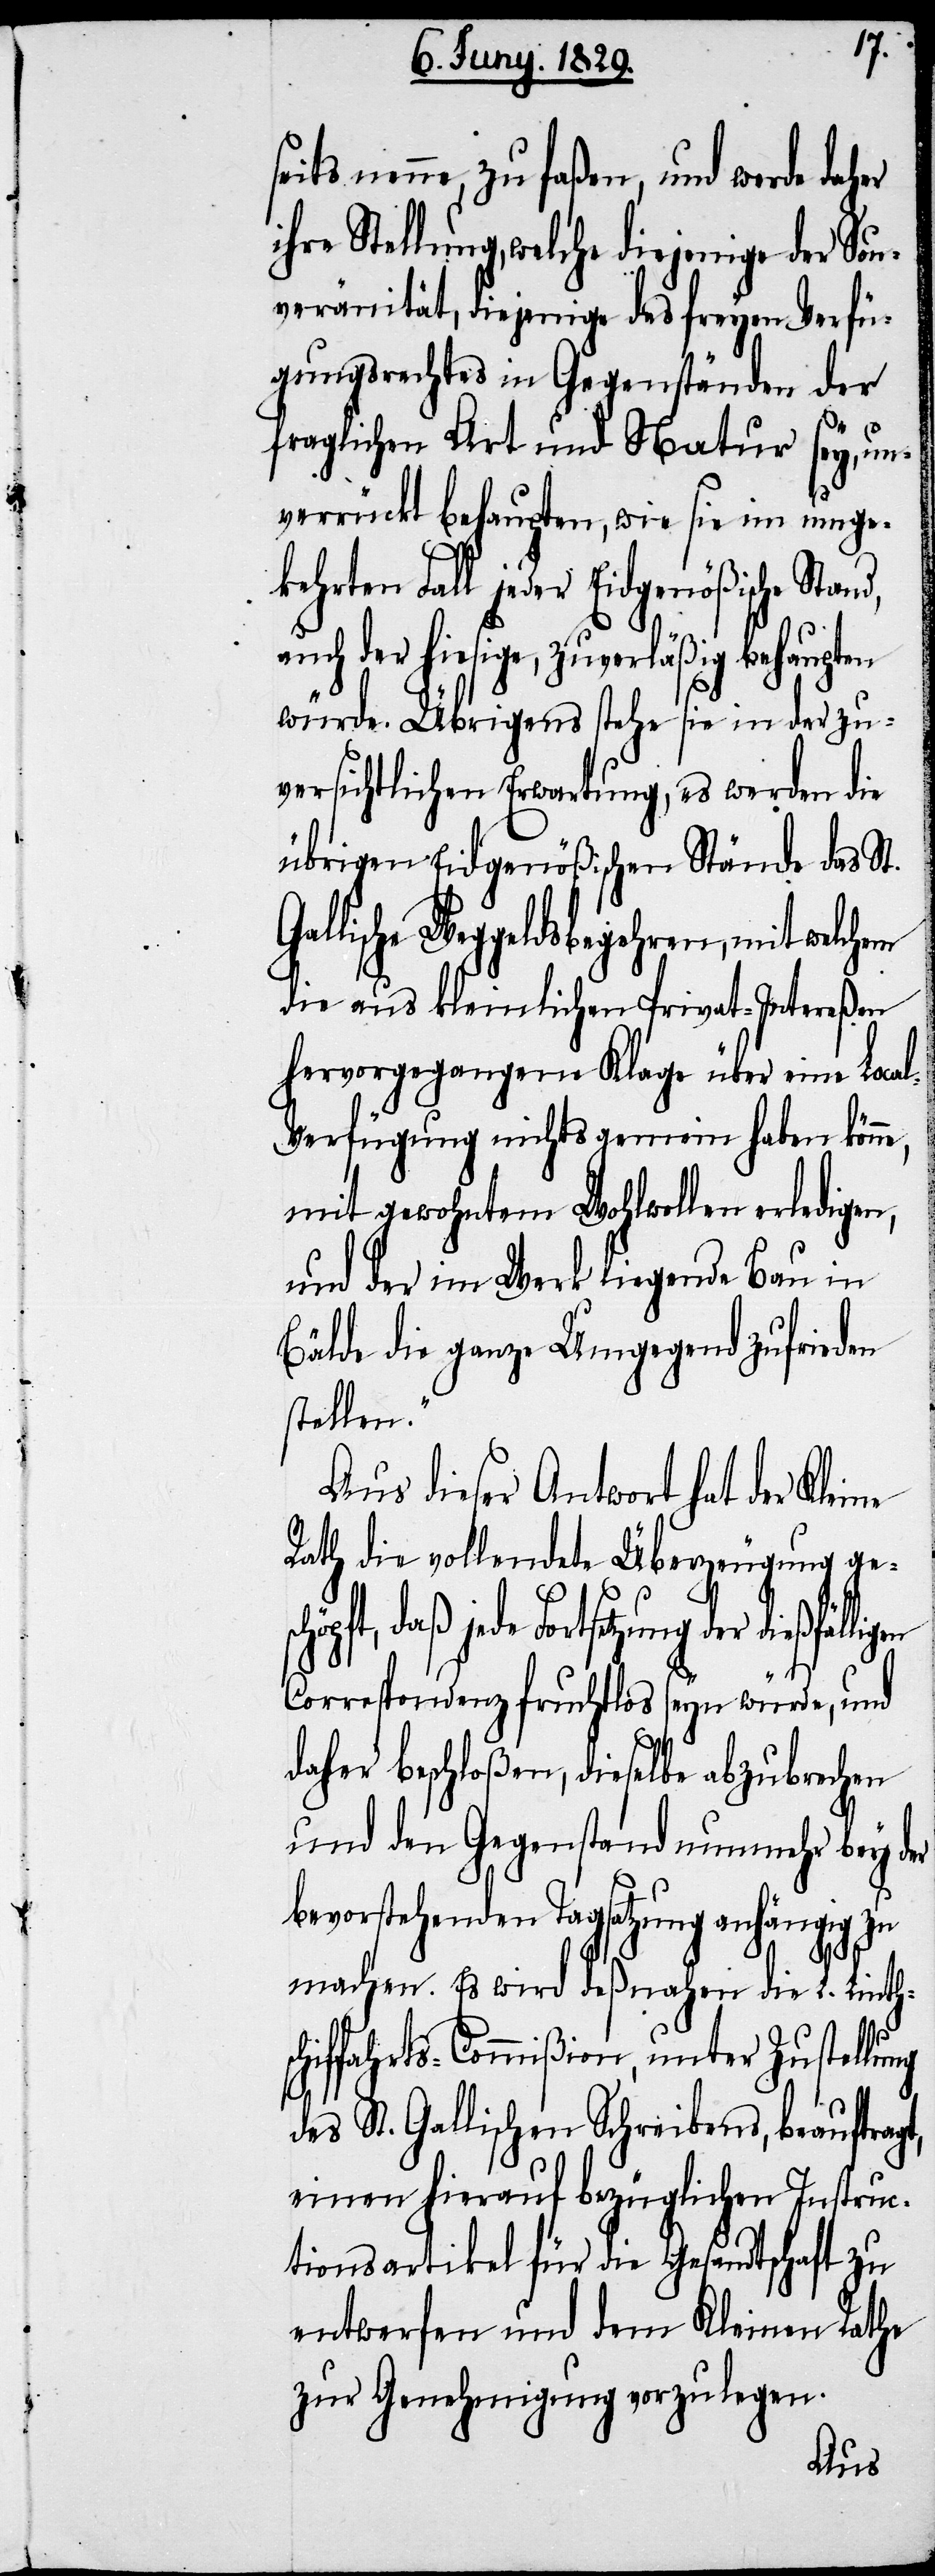
t,
nenne, zu faßen, und werde daher
veränität, diejenige des freyen Verfü¬
gungsrechtes in Gegenständen der
fraglichen Art und Natur sey, un¬
verrückt behaupten, wie sie im umgek¬
ehrten Fall jeder Eidgenößische Stan¬
auch der hiesige, zuverläßig behaupten
würde. Übrigens stehe sie in der zu¬
versichtlichen Erwartung, es werden die
übrigen Eidgenößischen Stände das St.
die aus kleinlichen Privat-Intereßen
hervorgegangene Klage über eine Loca¬
l-Verfügung nichts gemein haben könn¬
mit gewohntem Wohlwollen erledigen,
und der im Werk liegende Bau in
Bälde die ganze Umgegend zufrieden
stellen.“
Aus dieser Antwort hat der Kleine
Rath die vollendete Überzeugung ge¬
etzung der dießfälligen
Correspondenz fruchtlos seyn würde, und
daher beschloßen, dieselbe abzubrechen
und den Gegenstand nunmehr bey der
bevorstehenden Tagsatzung anhängig zu
machen. Es wird deßnahen die L. Linths¬
hiffahrts-Commißion, unter Zustellung
des St. Gallischen Schreibens, beauftrag¬
einen hierauf bezüglichen Instruc¬
tionsartikel für die Gesandtschaft zu
entwerfen und dem Kleinen Rathe
zu Genehmigung vorzulegen.